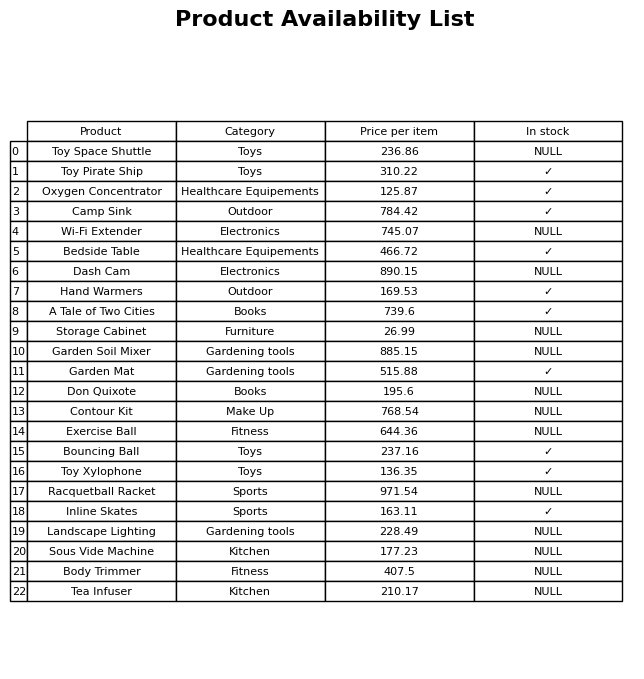
question: Which products are currently out of stock?
answer: Toy Space Shuttle, Wi-Fi Extender, Dash Cam, Storage Cabinet, Garden Soil Mixer, Don Quixote, Contour Kit, Exercise Ball, Racquetball Racket, Landscape Lighting, Sous Vide Machine, Body Trimmer, Tea Infuser